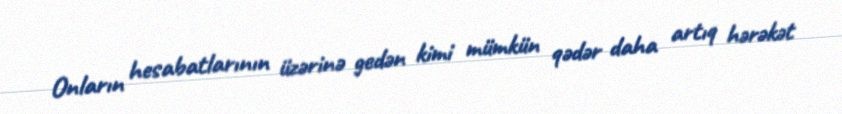
Onların hesabatlarının üzərinə gedən kimi mümkün qədər daha artıq hərəkət